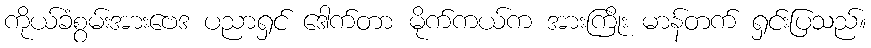
ကိုယ်ခံစွမ်းအားဗေဒ ပညာရှင် ဒေါက်တာ မိုက်ကယ်က အားကြိုး မာန်တက် ရှင်းပြသည်။